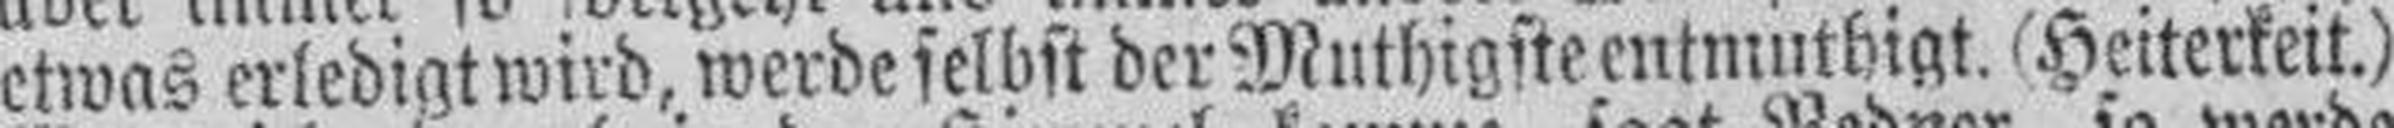
etwas erledigt wird, werde selbst der Muthigste entmuthigt. (Heiterkeit.)